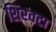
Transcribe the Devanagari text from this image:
शिरवटा